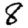
Digit: 8